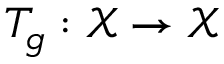
T _ { g } : \mathcal { X } \rightarrow \mathcal { X }